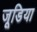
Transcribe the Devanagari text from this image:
जूडिया